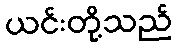
ယင်းတို့သည်